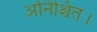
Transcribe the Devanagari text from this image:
अनिश्चित।